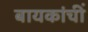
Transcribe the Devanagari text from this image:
बायकांचीं